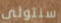
سنتولى